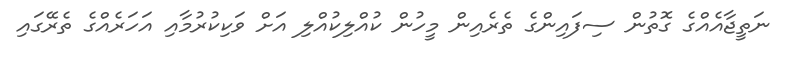
ނަތީޖާއެއްގެ ގޮތުން ސިފައިންގެ ތެރެއިން މީހުން ކުއްލިކުއްލި އަށް ވަކިކުރުމާއި އަހަރެއްގެ ތެރޭގައި